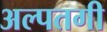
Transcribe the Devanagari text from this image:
अल्पतगी